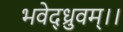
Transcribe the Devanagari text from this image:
भवेद्ध्रुवम्।।